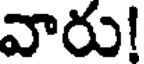
వారు!